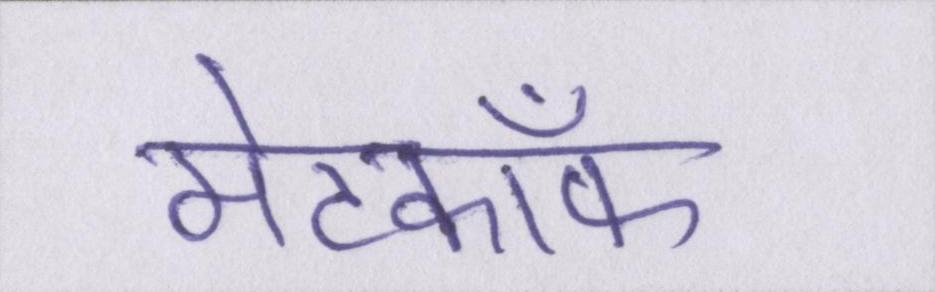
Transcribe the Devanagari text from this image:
मेटकॉफ